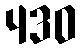
430